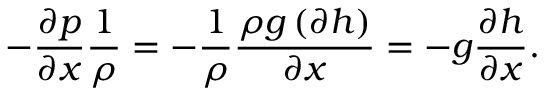
- { \frac { \partial p } { \partial x } } { \frac { 1 } { \rho } } = - { \frac { 1 } { \rho } } { \frac { \rho g \left( \partial h \right) } { \partial x } } = - g { \frac { \partial h } { \partial x } } .